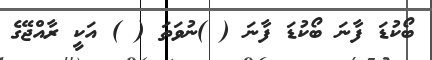
ބޯކުޑަ ފާނަ ބޯކުޑަ ފާނަ ( )ނުވަތަ ( ) އަކީ ރާއްޖޭގެ